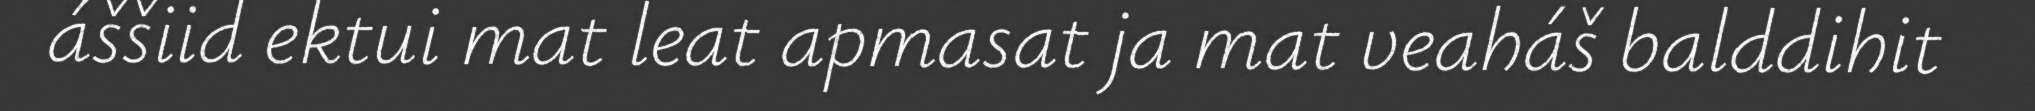
áššiid ektui mat leat apmasat ja mat veaháš balddihit